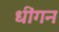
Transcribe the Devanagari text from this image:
धींगन